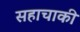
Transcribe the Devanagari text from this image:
सहाचाकी